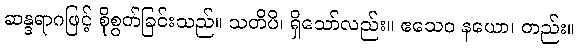
ဆန္ဒရာဂဖြင့် စိုစွတ်ခြင်းသည်။ သတိပိ၊ ရှိသော်လည်း။ ဧသေဝ နယော၊ တည်း။